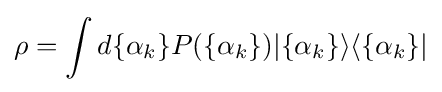
\rho =\int d\{\alpha _{k}\}P(\{\alpha _{k}\})|\{\alpha _{k}\}\rangle \langle \{\alpha _{k}\}|